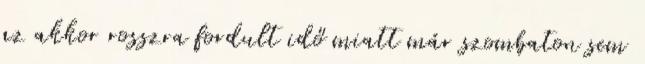
az akkor rosszra fordult idő miatt már szombaton sem